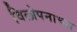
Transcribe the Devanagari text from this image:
विलोपनाच्या